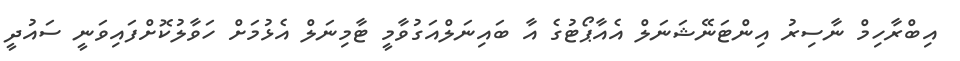
އިބްރާހިމް ނާސިރު އިންޓަނޭޝަނަލް އެއާޕޯޓުގެ އާ ބައިނަލްއަގުވާމީ ޓާމިނަލް އެޅުމަށް ހަވާލުކޮށްފައިވަނީ ސައުދީ